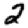
Digit: 2